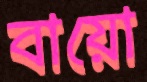
বায়ো